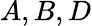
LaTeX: A,B,D